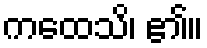
ကထေသိ၊ ၏။